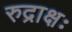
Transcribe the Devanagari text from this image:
रुद्राक्षः